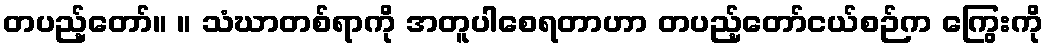
တပည့်တော်။ ။ သံဃာတစ်ရာကို အတူပါစေရတာဟာ တပည့်တော်ငယ်စဉ်က ကြွေးကို